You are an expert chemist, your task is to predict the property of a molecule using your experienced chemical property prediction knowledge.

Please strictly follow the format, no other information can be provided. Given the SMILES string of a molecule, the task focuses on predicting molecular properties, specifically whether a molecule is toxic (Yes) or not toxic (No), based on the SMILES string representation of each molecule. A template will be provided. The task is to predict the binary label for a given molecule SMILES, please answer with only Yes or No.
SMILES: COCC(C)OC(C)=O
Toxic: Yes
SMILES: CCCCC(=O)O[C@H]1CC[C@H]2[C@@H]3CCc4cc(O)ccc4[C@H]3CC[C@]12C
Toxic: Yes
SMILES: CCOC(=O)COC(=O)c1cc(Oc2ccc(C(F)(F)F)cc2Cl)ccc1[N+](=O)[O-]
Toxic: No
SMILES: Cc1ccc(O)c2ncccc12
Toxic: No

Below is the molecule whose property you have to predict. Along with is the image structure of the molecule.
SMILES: O=C1O[C@H]([C@H](O)CO)C([O-])=C1O
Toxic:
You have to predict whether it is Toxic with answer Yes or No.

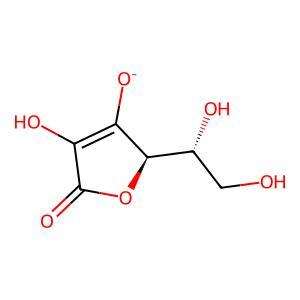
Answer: No